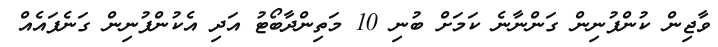
ވާޖިން ކުންފުނިން ގަންނާނެ ކަމަށް ބުނި 10 މަތިންދާބޯޓު އަދި އެކުންފުނިން ގަނެފައެއް